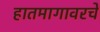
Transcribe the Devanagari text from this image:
हातमागावरचे